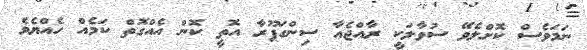
ނަމަވެސް ކޮށްލެވޭ ސުވާލަކީ ރާއްޖެއާ ސިންގަޕޫރާ އޮތީ ކޮން އެއްގޮތް ކަމެއް ހެއްޔެވެ